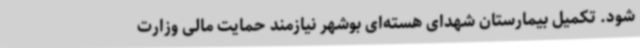
شود. تکمیل بیمارستان شهدای هسته‌ای بوشهر نیازمند حمایت مالی وزارت